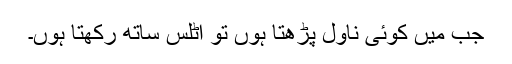
جب میں کوئی ناول پڑھتا ہوں تو اٹلس ساتھ رکھتا ہوں۔